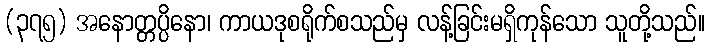
(၃၇၅) အနောတ္တပ္ပိနော၊ ကာယဒုစရိုက်စသည်မှ လန့်ခြင်းမရှိကုန်သော သူတို့သည်။